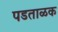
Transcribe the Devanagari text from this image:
पडताळक